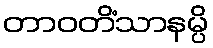
တာဝတိံသာနမ္ပိ